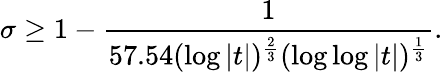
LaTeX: \sigma\geq 1-{\frac{1}{57.54(\log{|t|})^{\frac{2}{3}}(\log{\log{|t|}})^{\frac{1}{3}}}}.